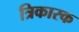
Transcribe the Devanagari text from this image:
त्रिकारक